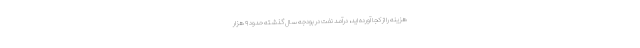
هزینه را از کجا آورده اید، درآمد نفت در بودجه سال گذشته حدود ۹ هزار